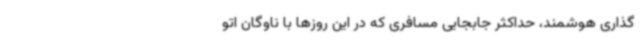
گذاری هوشمند، حداکثر جابجایی مسافری که در این روزها با ناوگان اتو